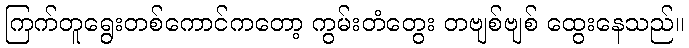
ကြက်တူရွေးတစ်ကောင်ကတော့ ကွမ်းတံတွေး တဗျစ်ဗျစ် ထွေးနေသည်။